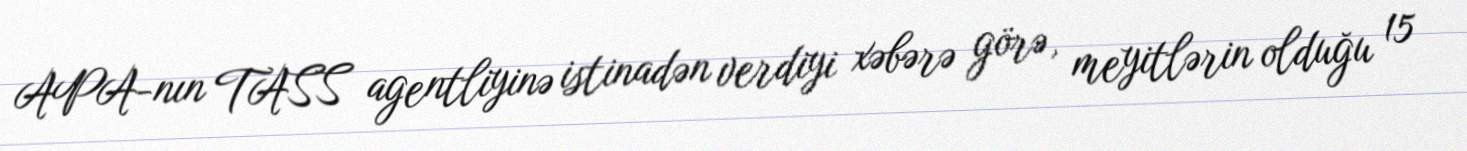
APA-nın TASS agentliyinə istinadən verdiyi xəbərə görə, meyitlərin olduğu 15